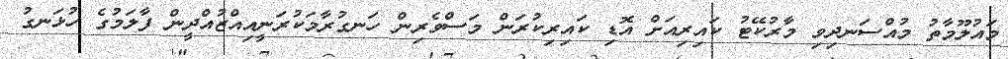
މައުލޫމާތު މުއްސަނދިވި މާރުކޭޓު ކައިރިއަށް އޮޑި ކައިރިކުރަން މަސްވެރިން ހަނގުރާމަކުރަނީއިއްޒުއްދީން ފާލަމުގެ ހުޅަނގު